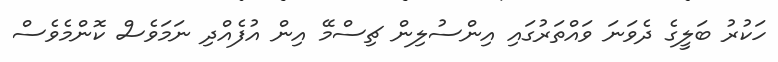
ހަކުރު ބަލީގެ ދެވަނަ ވައްތަރުގައި އިންސުލިން ޗިސްމޭ އިން އުފެއްދި ނަމަވެސް ކޮންމެވެސް